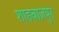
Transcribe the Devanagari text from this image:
शाहबाज़पुर